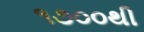
૧૭૦૦થી